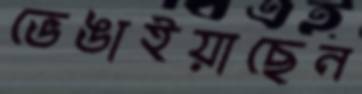
ভেঙাইয়াছেন